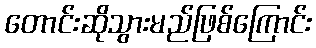
တောင်းဆိုသွားမည်ဖြစ်ကြောင်း